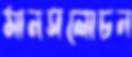
মানসলোচন